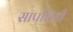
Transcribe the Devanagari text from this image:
सापशिडी